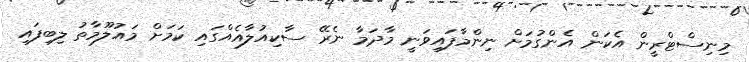
މިނިސްޓްރީން އެކަން އެންގުމަށް ނިންމާފައިވަނީ މާދަމާ ނެރޭ ސާކިއުލާއެއްގައި ކަމަށް މައުލޫމާތު ލިބިފައި